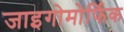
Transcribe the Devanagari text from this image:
जाइगोमोर्फिक